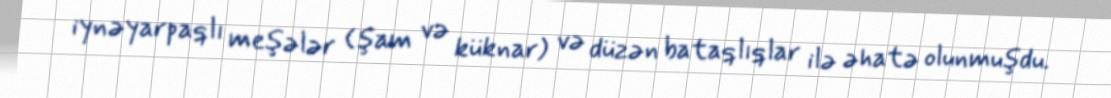
iynəyarpaqlı meşələr (şam və küknar) və düzən bataqlıqlar ilə əhatə olunmuşdu.